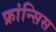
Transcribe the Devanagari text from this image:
फ्रांन्सिस